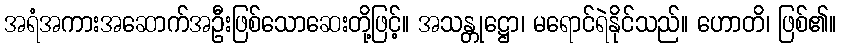
အရံအကားအဆောက်အဦးဖြစ်သောဆေးတို့ဖြင့်။ အသန္တုဋ္ဌော၊ မရောင်ရဲနိုင်သည်။ ဟောတိ၊ ဖြစ်၏။